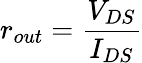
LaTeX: r_{out}={\frac{V_{DS}}{I_{DS}}}